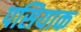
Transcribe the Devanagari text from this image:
पसियाक